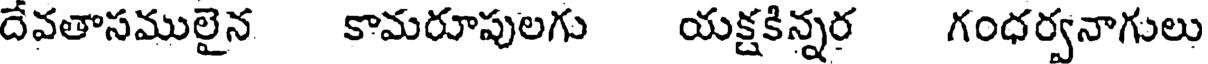
దేవతాసములైన కామరూపులగు యక్షకిన్నర గంధర్వనాగులు